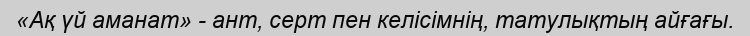
«Ақ үй аманат» - ант, серт пен келісімнің, татулықтың айғағы.